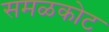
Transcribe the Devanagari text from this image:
समळकोट